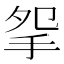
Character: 𢪸